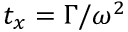
t _ { x } = \Gamma / \omega ^ { 2 }